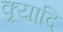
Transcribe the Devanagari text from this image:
क्र्यादि